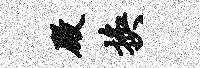
殿换